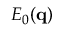
E _ { 0 } ( \mathbf { q } )